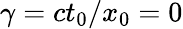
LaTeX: \gamma=ct_{0}/x_{0}=0